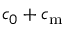
c _ { 0 } + c _ { \mathrm { m } }